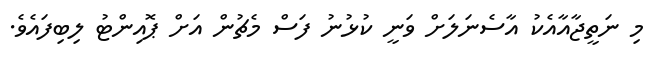
މި ނަތީޖާއާއެކު އާސެނަލަށް ވަނީ ކުޅުނު ފަސް މެޗުން އަށް ޕޮއިންޓު ލިބިފައެވެ.